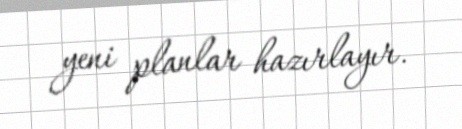
yeni planlar hazırlayır.